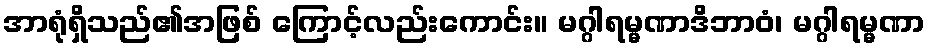
အာရုံရှိသည်၏အဖြစ် ကြောင့်လည်းကောင်း။ မဂ္ဂါရမ္မဏာဒိဘာဝံ၊ မဂ္ဂါရမ္မဏာ